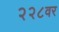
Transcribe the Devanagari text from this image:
२२८वर